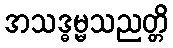
အသဒ္ဓမ္မသညတ္တိ